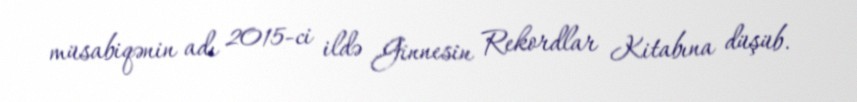
müsabiqənin adı 2015-ci ildə Ginnesin Rekordlar Kitabına düşüb.